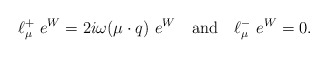
\begin{align*}\ell_\mu^+~e^{W}=2i\omega(\mu\cdot q)~e^W \quad{\rm and}\quad \ell_\mu^-~e^{W}=0.\end{align*}